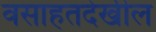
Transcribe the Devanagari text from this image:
वसाहतदेखील